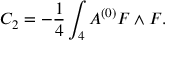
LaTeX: C _ { 2 } = - { \frac { 1 } { 4 } } \int _ { 4 } A ^ { ( 0 ) } F \wedge F .